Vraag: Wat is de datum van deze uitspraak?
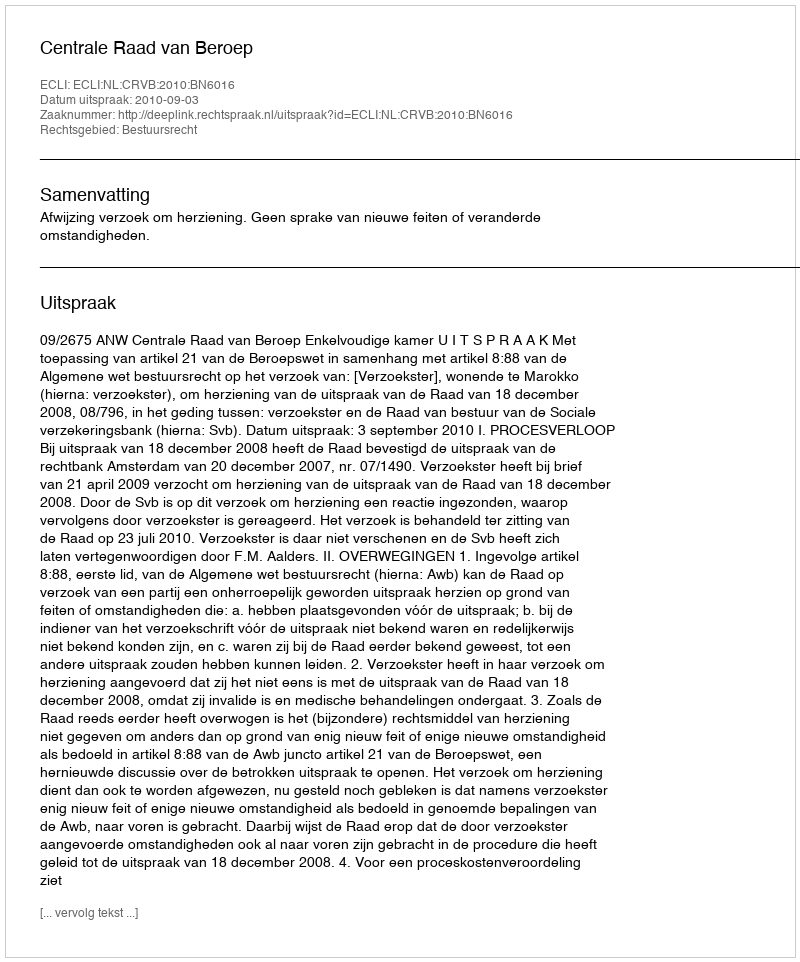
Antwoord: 2010-09-03